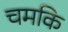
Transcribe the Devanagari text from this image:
चमकि